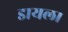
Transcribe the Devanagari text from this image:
डायल।